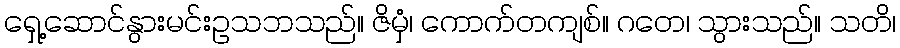
ရှေ့ဆောင်နွားမင်းဥသဘသည်။ ဇိမှံ၊ ကောက်တကျစ်။ ဂတေ၊ သွားသည်။ သတိ၊